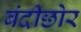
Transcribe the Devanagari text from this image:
बंदीछोर